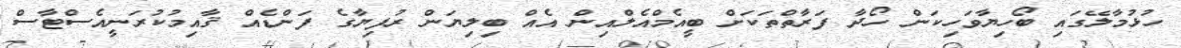
ހުޅުމާލޭގައި ބޯހިޔާވަހިކަން ހޯދާ ފަރާތްތަކަށް ބީއެމްއެލްއިން އެއް ބިލިޔަން ރުފިޔާގެ ފަންޑެއް ޤާއިމުކުރަނީއެސްޓާސް